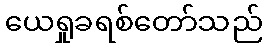
ယေရှုခရစ်တော်သည်